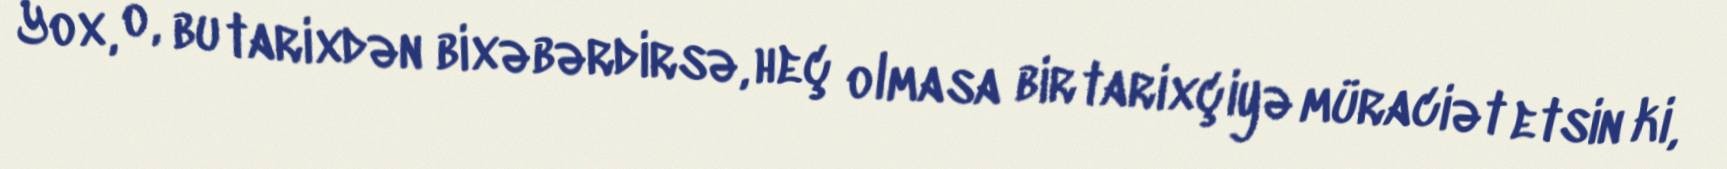
Yox, o, bu tarixdən bixəbərdirsə, heç olmasa bir tarixçiyə müraciət etsin ki,